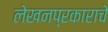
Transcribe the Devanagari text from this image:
लेखनप्रकाराचे